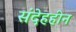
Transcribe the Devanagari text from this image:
संदेहहीन